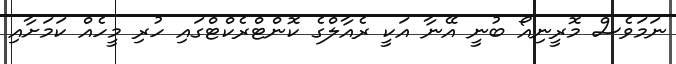
ނަމަވެސް މޮރީނިއޯ ބުނީ އޭނާ އަކީ ރެއާލްގެ ކޮންޓްރެކްޓްގައި ހުރި މީހެއް ކަމަށާއި